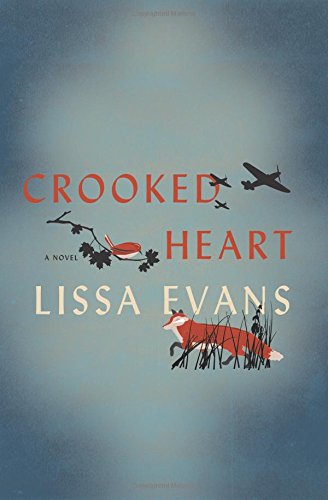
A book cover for Crooked Heart: A Novel; Lissa Evans; Literature & Fiction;